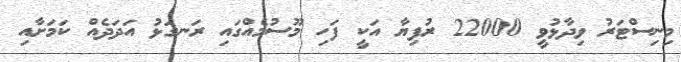
މިނިސްޓަރު ވިދާޅުވީ 22000 ރުފިޔާ އަކީ ފަހި މޫސުމެއްގައި ރަނގަޅު އަދަދެއް ކަމަށާއި